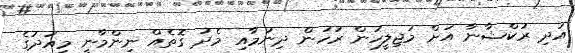
އަދި ރުކްޝާނާ އަށް މަޖިލީހުން ރުހުން ދިނުމާއި މެދު ގޮތެއް ނިންމާނީ މިއަދުގެ